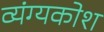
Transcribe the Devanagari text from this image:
व्यंग्यकोश